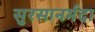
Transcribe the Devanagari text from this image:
सुरसानर्मदा